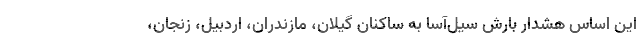
این اساس هشدار بارش سیل‌آسا به ساکنان گیلان، مازندران، اردبیل، زنجان،